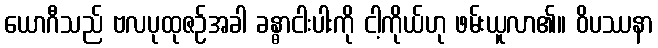
ယောဂီသည် ဗလပုထုဇဉ်အခါ ခန္ဓာငါးပါးကို ငါ့ကိုယ်ဟု ဖမ်းယူလာ၏။ ဝိပဿနာ